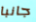
جانبا